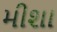
મીશા